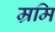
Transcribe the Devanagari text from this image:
म्रमि